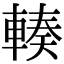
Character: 輳